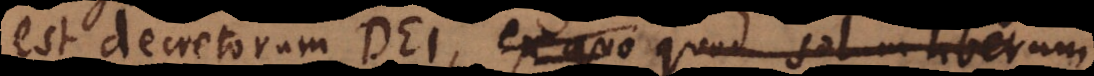
est decretorum Dei, ex quo quod solum liberum